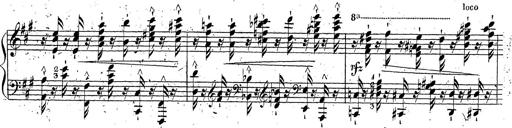
Title: Grande fantaisie sur la tyrolienne de l'opÃ©ra
Composer: Franz Liszt
Key: A major